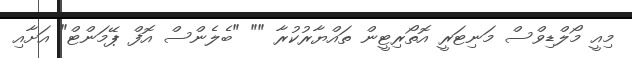
މިއީ މޯލްޑިވްސް މަނިޓަރީ އޮތޯރިޓީން ތައްޔާރުކުރާ "" "ބެލެންސް އޮފް ޕޭމަންޓް" އަށާއި